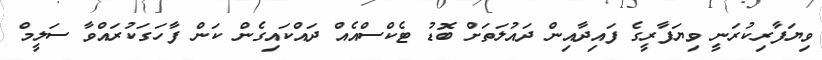
ވިޔަފާރިކުރަނީ ވިޔަފާރީގެ ފައިދާއިން ދައުލަތަށް ބޮޑު ޓެކްސްއެއް ދައްކައިގެން ކަން ފާހަގަކުރައްވާ ސަލީމް